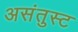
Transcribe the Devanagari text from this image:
असंतुस्ट